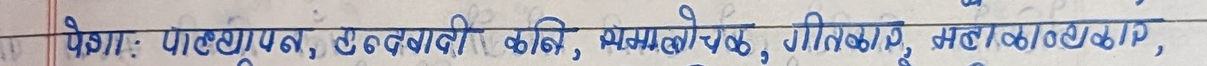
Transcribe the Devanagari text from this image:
पेश्गा: पालाग्युन, ठूल्ढुबढी कलि, झझामलोटार, गीतिळ्काजु, भहत्लुङ्गबढीपा,